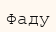
Фаду